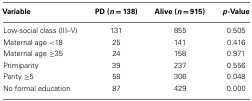
| Variable | PD (n = 138) | Alive (n = 915) | p-Value |
 | --- | --- | --- | --- |
 | Low-social class (III–V) | 131 | 855 | 0.505 |
 | Maternal age <18 | 25 | 141 | 0.416 |
 | Maternal age ≥35 | 24 | 158 | 0.971 |
 | Primiparity | 39 | 237 | 0.556 |
 | Parity ≥5 | 58 | 306 | 0.048 |
 | No formal education | 87 | 429 | 0.000 |